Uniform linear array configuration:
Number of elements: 12
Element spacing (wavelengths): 0.75
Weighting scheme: uniform
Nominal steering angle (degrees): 30
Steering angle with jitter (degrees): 31.102
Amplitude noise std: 0.05
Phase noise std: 0.05

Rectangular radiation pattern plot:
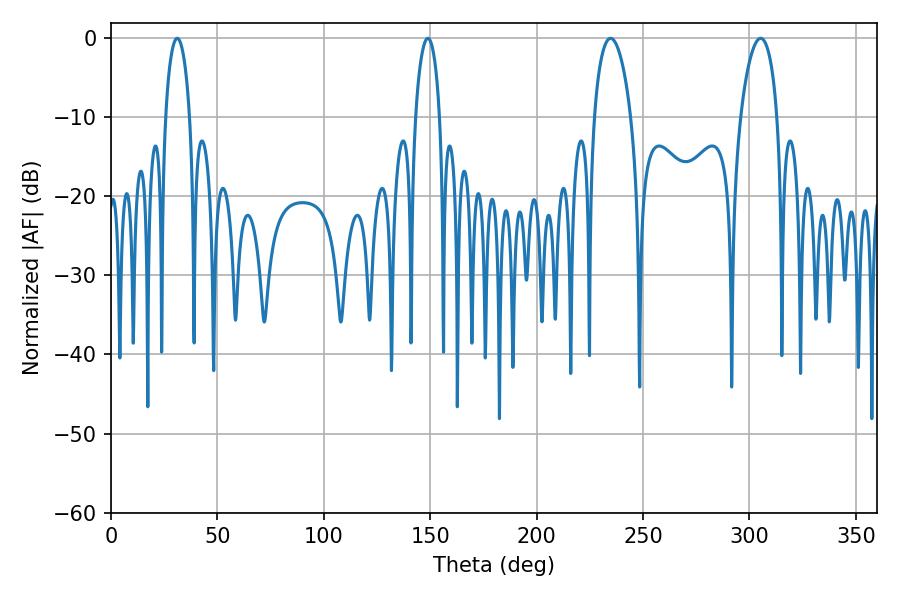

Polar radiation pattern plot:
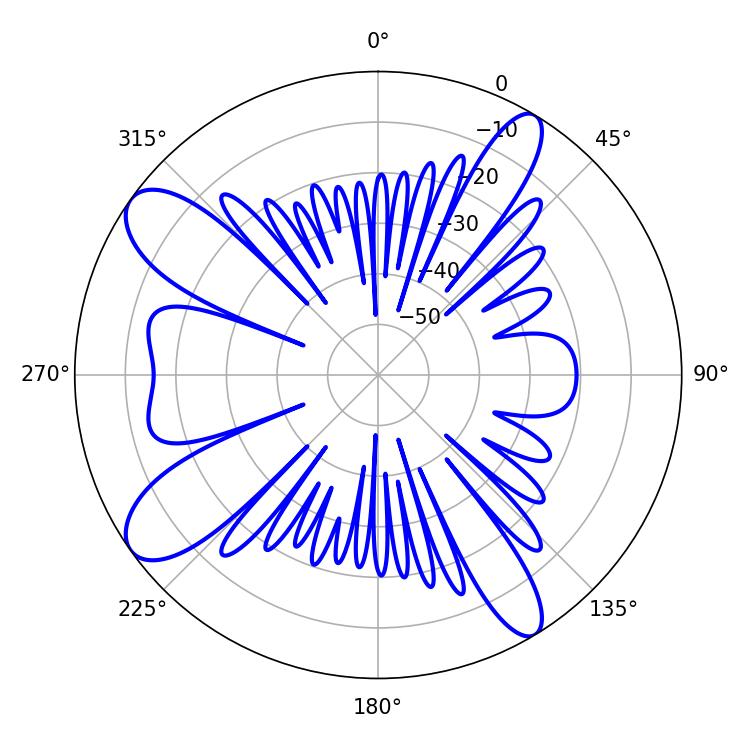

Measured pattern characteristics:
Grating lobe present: TRUE
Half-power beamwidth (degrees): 9.72
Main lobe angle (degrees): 305.28